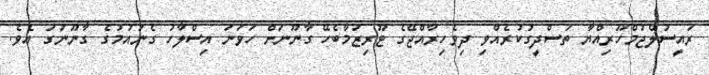
ރައީސުލްޖުމްހޫރިއްޔާ ތަސްދީގުކުރެއްވި ދިވެހިރާއްޖޭގެ ޓޫރިޒަމާބެހޭ ގާނޫނަށް ހަވަނަ އިސްލާހު ގެނައުމުގެ ގާނޫނުގަ އެވެ.